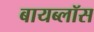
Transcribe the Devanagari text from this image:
बायब्लॉस